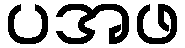
ပအဖ